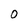
Character: 0